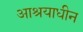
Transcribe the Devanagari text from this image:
आश्रयाधीन